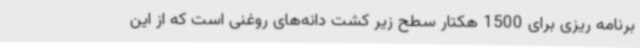
برنامه ریزی برای 1500 هکتار سطح زیر کشت دانه‌های روغنی است که از این